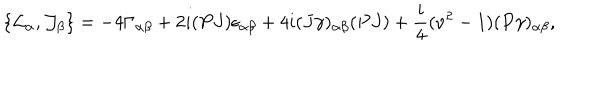
LaTeX: \{ { \cal L } _ { \alpha } , { \cal J } _ { \beta } \} = - 4 \Gamma _ { \alpha \beta } + 2 i ( P J ) \epsilon _ { \alpha \beta } + 4 i ( J \gamma ) _ { \alpha \beta } ( P J ) + \frac { i } { 4 } ( \nu ^ { 2 } - 1 ) ( P \gamma ) _ { \alpha \beta } ,